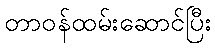
တာဝန်ထမ်းဆောင်ပြီး